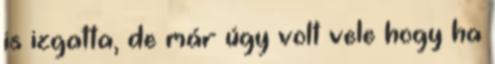
is izgatta, de már úgy volt vele hogy ha